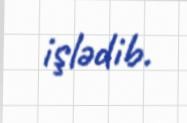
işlədib.